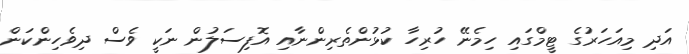
އަދި މިއަހަރުގެ ޓީމްގައި ހިމެނޭ ހުރިހާ ކުޅުންތެރިންނާއި އޮފިސަލުން ނަކީ ވެސް ދިވެހިންކަން